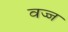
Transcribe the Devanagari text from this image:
वज्ज